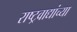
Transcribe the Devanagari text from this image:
राष्ट्रवाद्यांच्या